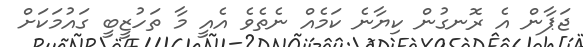
ޖަޕާން އެ ރޮނގުން ކިޔާނެ ކަމެއް ނެތެވެ އެއީ މާ ތަހުޒީބީ ގައުމަކަށް